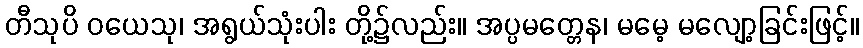
တီသုပိ ဝယေသု၊ အရွယ်သုံးပါး တို့၌လည်း။ အပ္ပမတ္တေန၊ မမေ့ မလျော့ခြင်းဖြင့်။